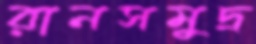
রানসমুদ্র